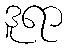
ဒူရာ